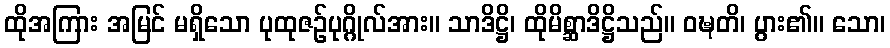
ထိုအကြား အမြင် မရှိသော ပုထုဇဉ်ပုဂ္ဂိုလ်အား။ သာဒိဋ္ဌိ၊ ထိုမိစ္ဆာဒိဋ္ဌိသည်။ ဝဍ္ဎတိ၊ ပွား၏။ သော၊